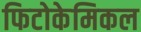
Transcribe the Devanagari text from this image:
फिटोकेमिकल